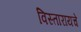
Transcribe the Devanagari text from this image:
विस्तारायचे